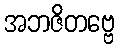
အဘဇိတဗ္ဗေ